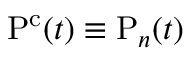
\mathrm { P ^ { c } } ( t ) \equiv \mathrm { P } _ { n } ( t )